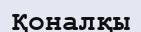
Қоналқы